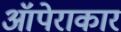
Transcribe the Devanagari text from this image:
ऑपेराकार